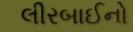
લીરબાઈનો